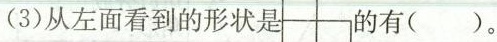
(3)从左面看到的形状是 的有( )。